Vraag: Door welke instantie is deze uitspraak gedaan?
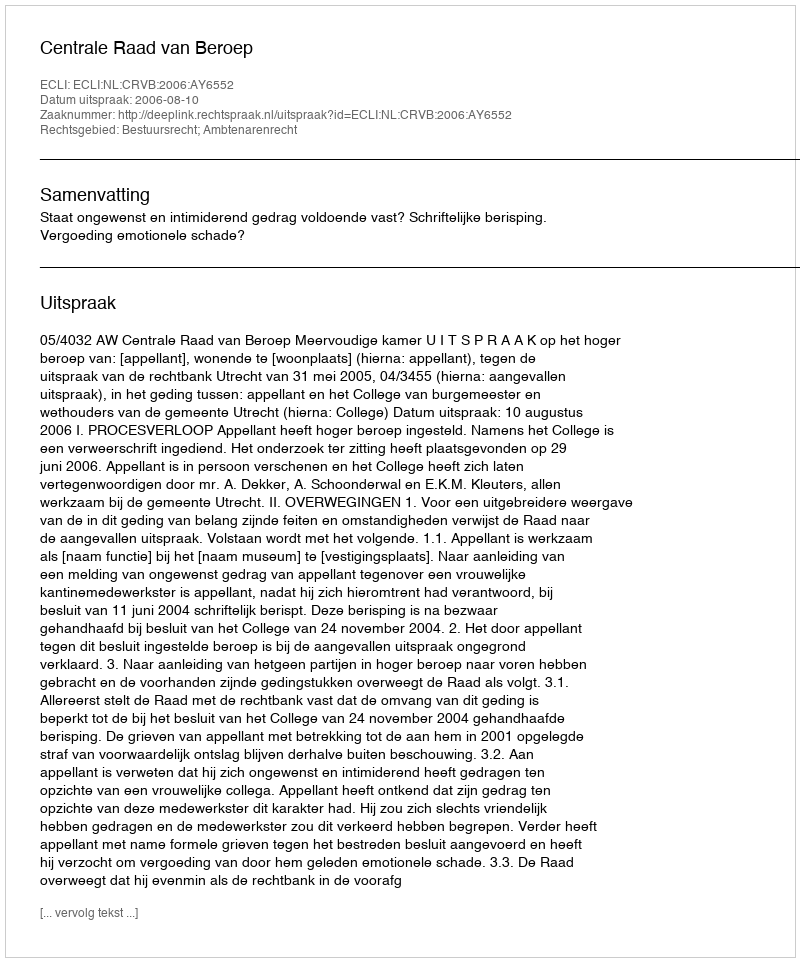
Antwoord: Centrale Raad van Beroep